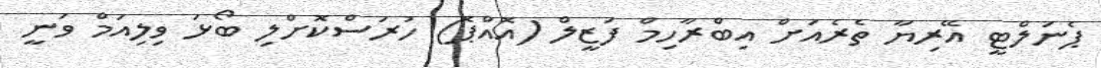
ޕެނަލްޓީ އޭރިޔާ ތެރެއަށް އިބްރާހިމް ފަޒީލް (އޮއްޕޮ) ހުރަސްކޮށްލި ބޯޅަ ވިލިއަމް ވަނީ